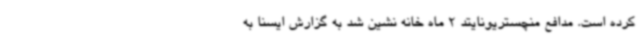
کرده است. مدافع منچستریونایتد 2 ماه خانه نشین شد به گزارش ایسنا به